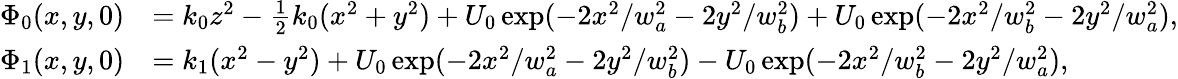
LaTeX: \begin{array}{rl}{\Phi_{0}(x,y,0)}&{=k_{0}z^{2}-\frac{1}{2}k_{0}(x^{2}+y^{2})+U_{0}\exp(-2x^{2}/w_{a}^{2}-2y^{2}/w_{b}^{2})+U_{0}\exp(-2x^{2}/w_{b}^{2}-2y^{2}/w_{a}^{2}),}\\ {\Phi_{1}(x,y,0)}&{=k_{1}(x^{2}-y^{2})+U_{0}\exp(-2x^{2}/w_{a}^{2}-2y^{2}/w_{b}^{2})-U_{0}\exp(-2x^{2}/w_{b}^{2}-2y^{2}/w_{a}^{2}),}\end{array}